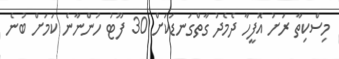
މިސްކިތާ ރަށު އޮފީހާ ދެމެދު ގާތްގަނޑަކަށް 30 ފޫޓު ހުންނާނެ ކަމަށް ބުނެ